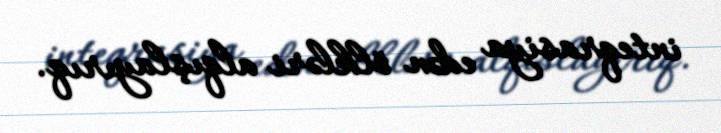
inteqrasiya edən ölkləri alqışlayırıq.